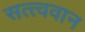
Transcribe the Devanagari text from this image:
सत्त्ववान